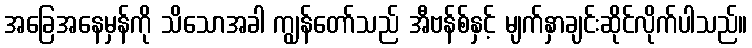
အခြေအနေမှန်ကို သိသောအခါ ကျွန်တော်သည် အီဗန်စ်နှင့် မျက်နှာချင်းဆိုင်လိုက်ပါသည်။